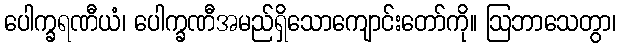
ပေါက္ခရဏီယံ၊ ပေါက္ခဏီအမည်ရှိသောကျောင်းတော်ကို။ ဩဘာသေတွာ၊